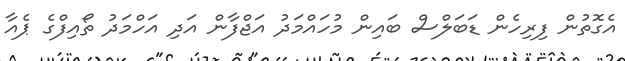
އެގޮތުން ފިރިހެން ޑަބަލްސް ބައިން މުހައްމަދު އަޖްފާން އަދި އަހްމަދު ތޯއިފްގެ ޕެއާ